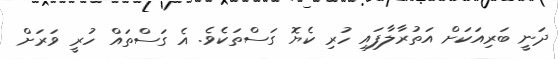
ދަނީ ބަރިއަކަށް އަތުރާލާފައި ހުރި ކެޔޮ ގަސްތަކެވެ. އެ ގަސްތައް ހުރީ ވަރަށް